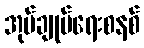
အုပ်ချုပ်ရေးစနစ်